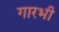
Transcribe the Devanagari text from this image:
गारभी